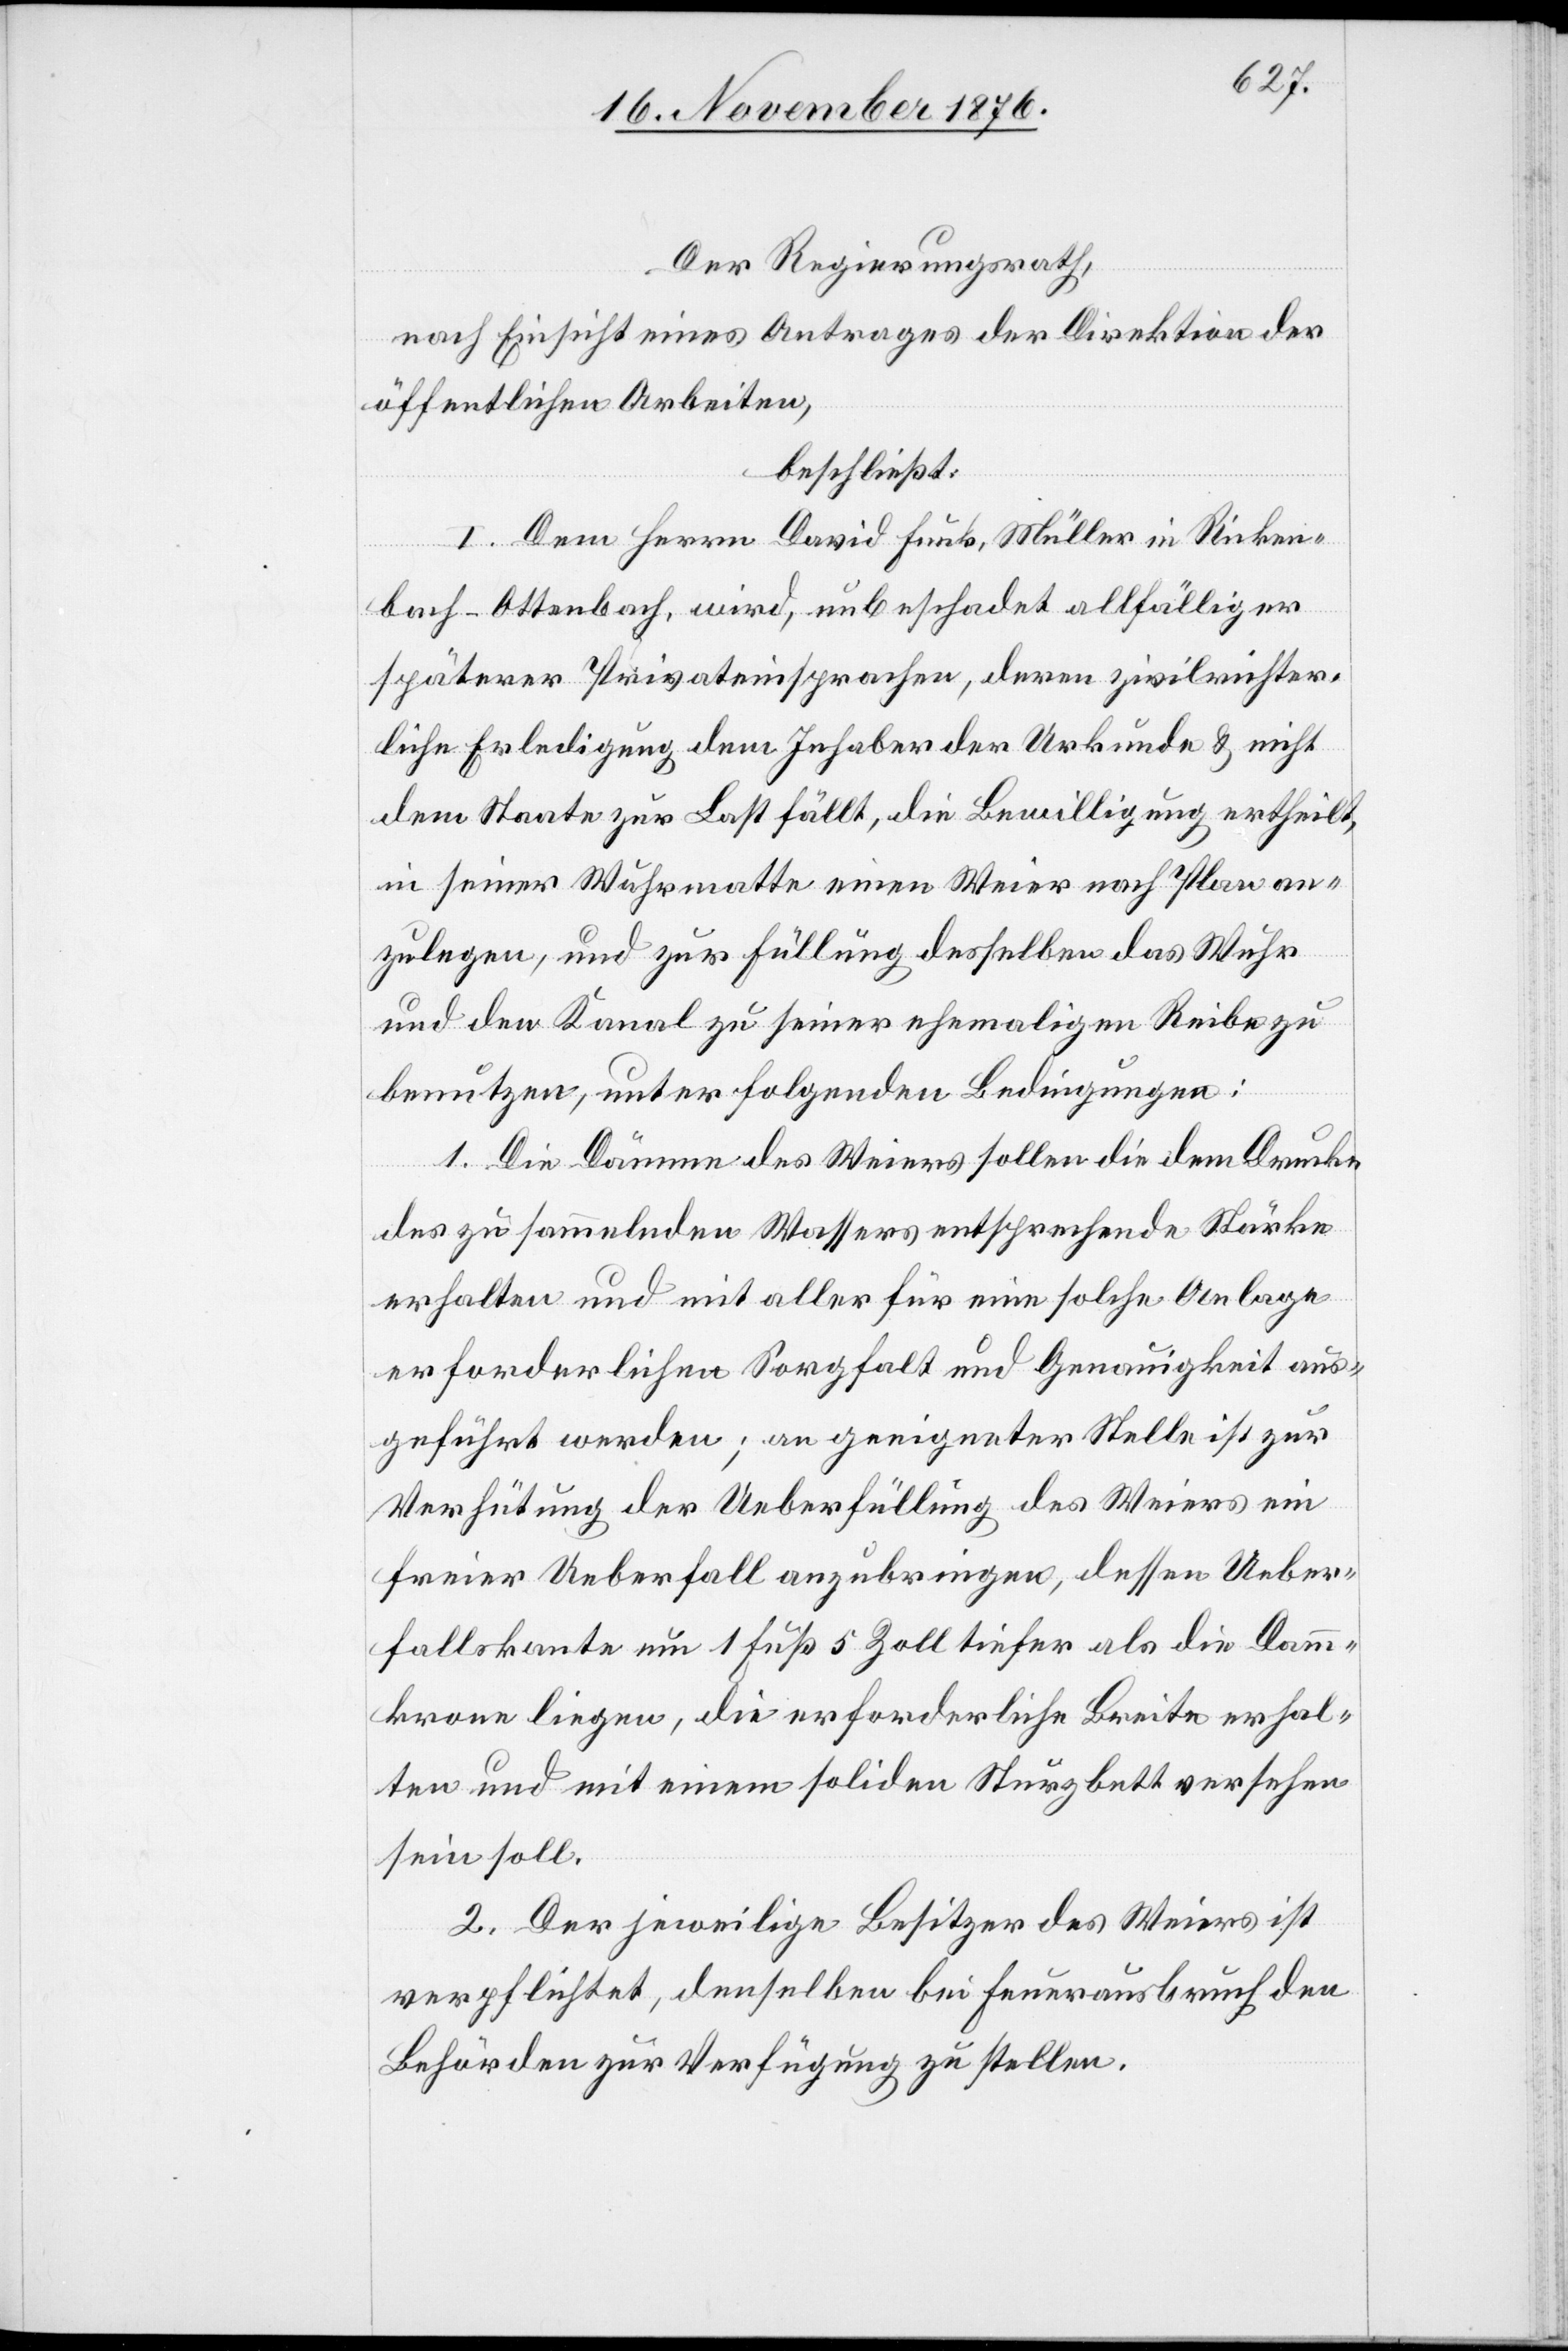
Der Regierungsrath,
nach Einsicht eines Antrages der Direktion der
öffentlichen Arbeiten,
beschließt:
1. Dem Herrn David Funk, Müller in Ricken¬
bach - Ottenbach, wird, unbeschadet allfälliger
späterer Privateinsprachen, deren zivilrichter¬
liche Erledigung dem Inhaber der Urkunde & nicht
dem Staate zur Last fällt, die Bewilligung ertheilt,
in seiner Wuhrmatte einen Weier nach Plan an¬
zulegen, und zur Füllung desselben das Wuhr
und den Kanal zu seiner ehemaligen Reibe zu
benutzen, unter folgenden Bedingungen:
1. Die Dämme des Weiers sollen die dem Drucke
des zu sammelnden Wassers entsprechende Stärke
erhalten und mit aller für eine solche Anlage
erforderlichen Sorgfalt und Genauigkeit aus¬
geführt werden; an geeigneter Stelle ist zur
Verhütung der Ueberfüllung des Weiers ein
freier Ueberfall anzubringen, dessen Ueber¬
fallskante um 1 Fuß 5 Zoll tiefer als die Damm¬
krone liegen, die erforderliche Breite erhal¬
ten und mit einem soliden Sturzbett versehen
sein soll.
2. Der jeweilige Besitzer des Weiers ist
verpflichtet, denselben bei Feuerausbruch den
Behörden zur Verfügung zu stellen.